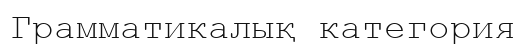
Грамматикалық категория